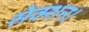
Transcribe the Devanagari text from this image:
सेक्शन।